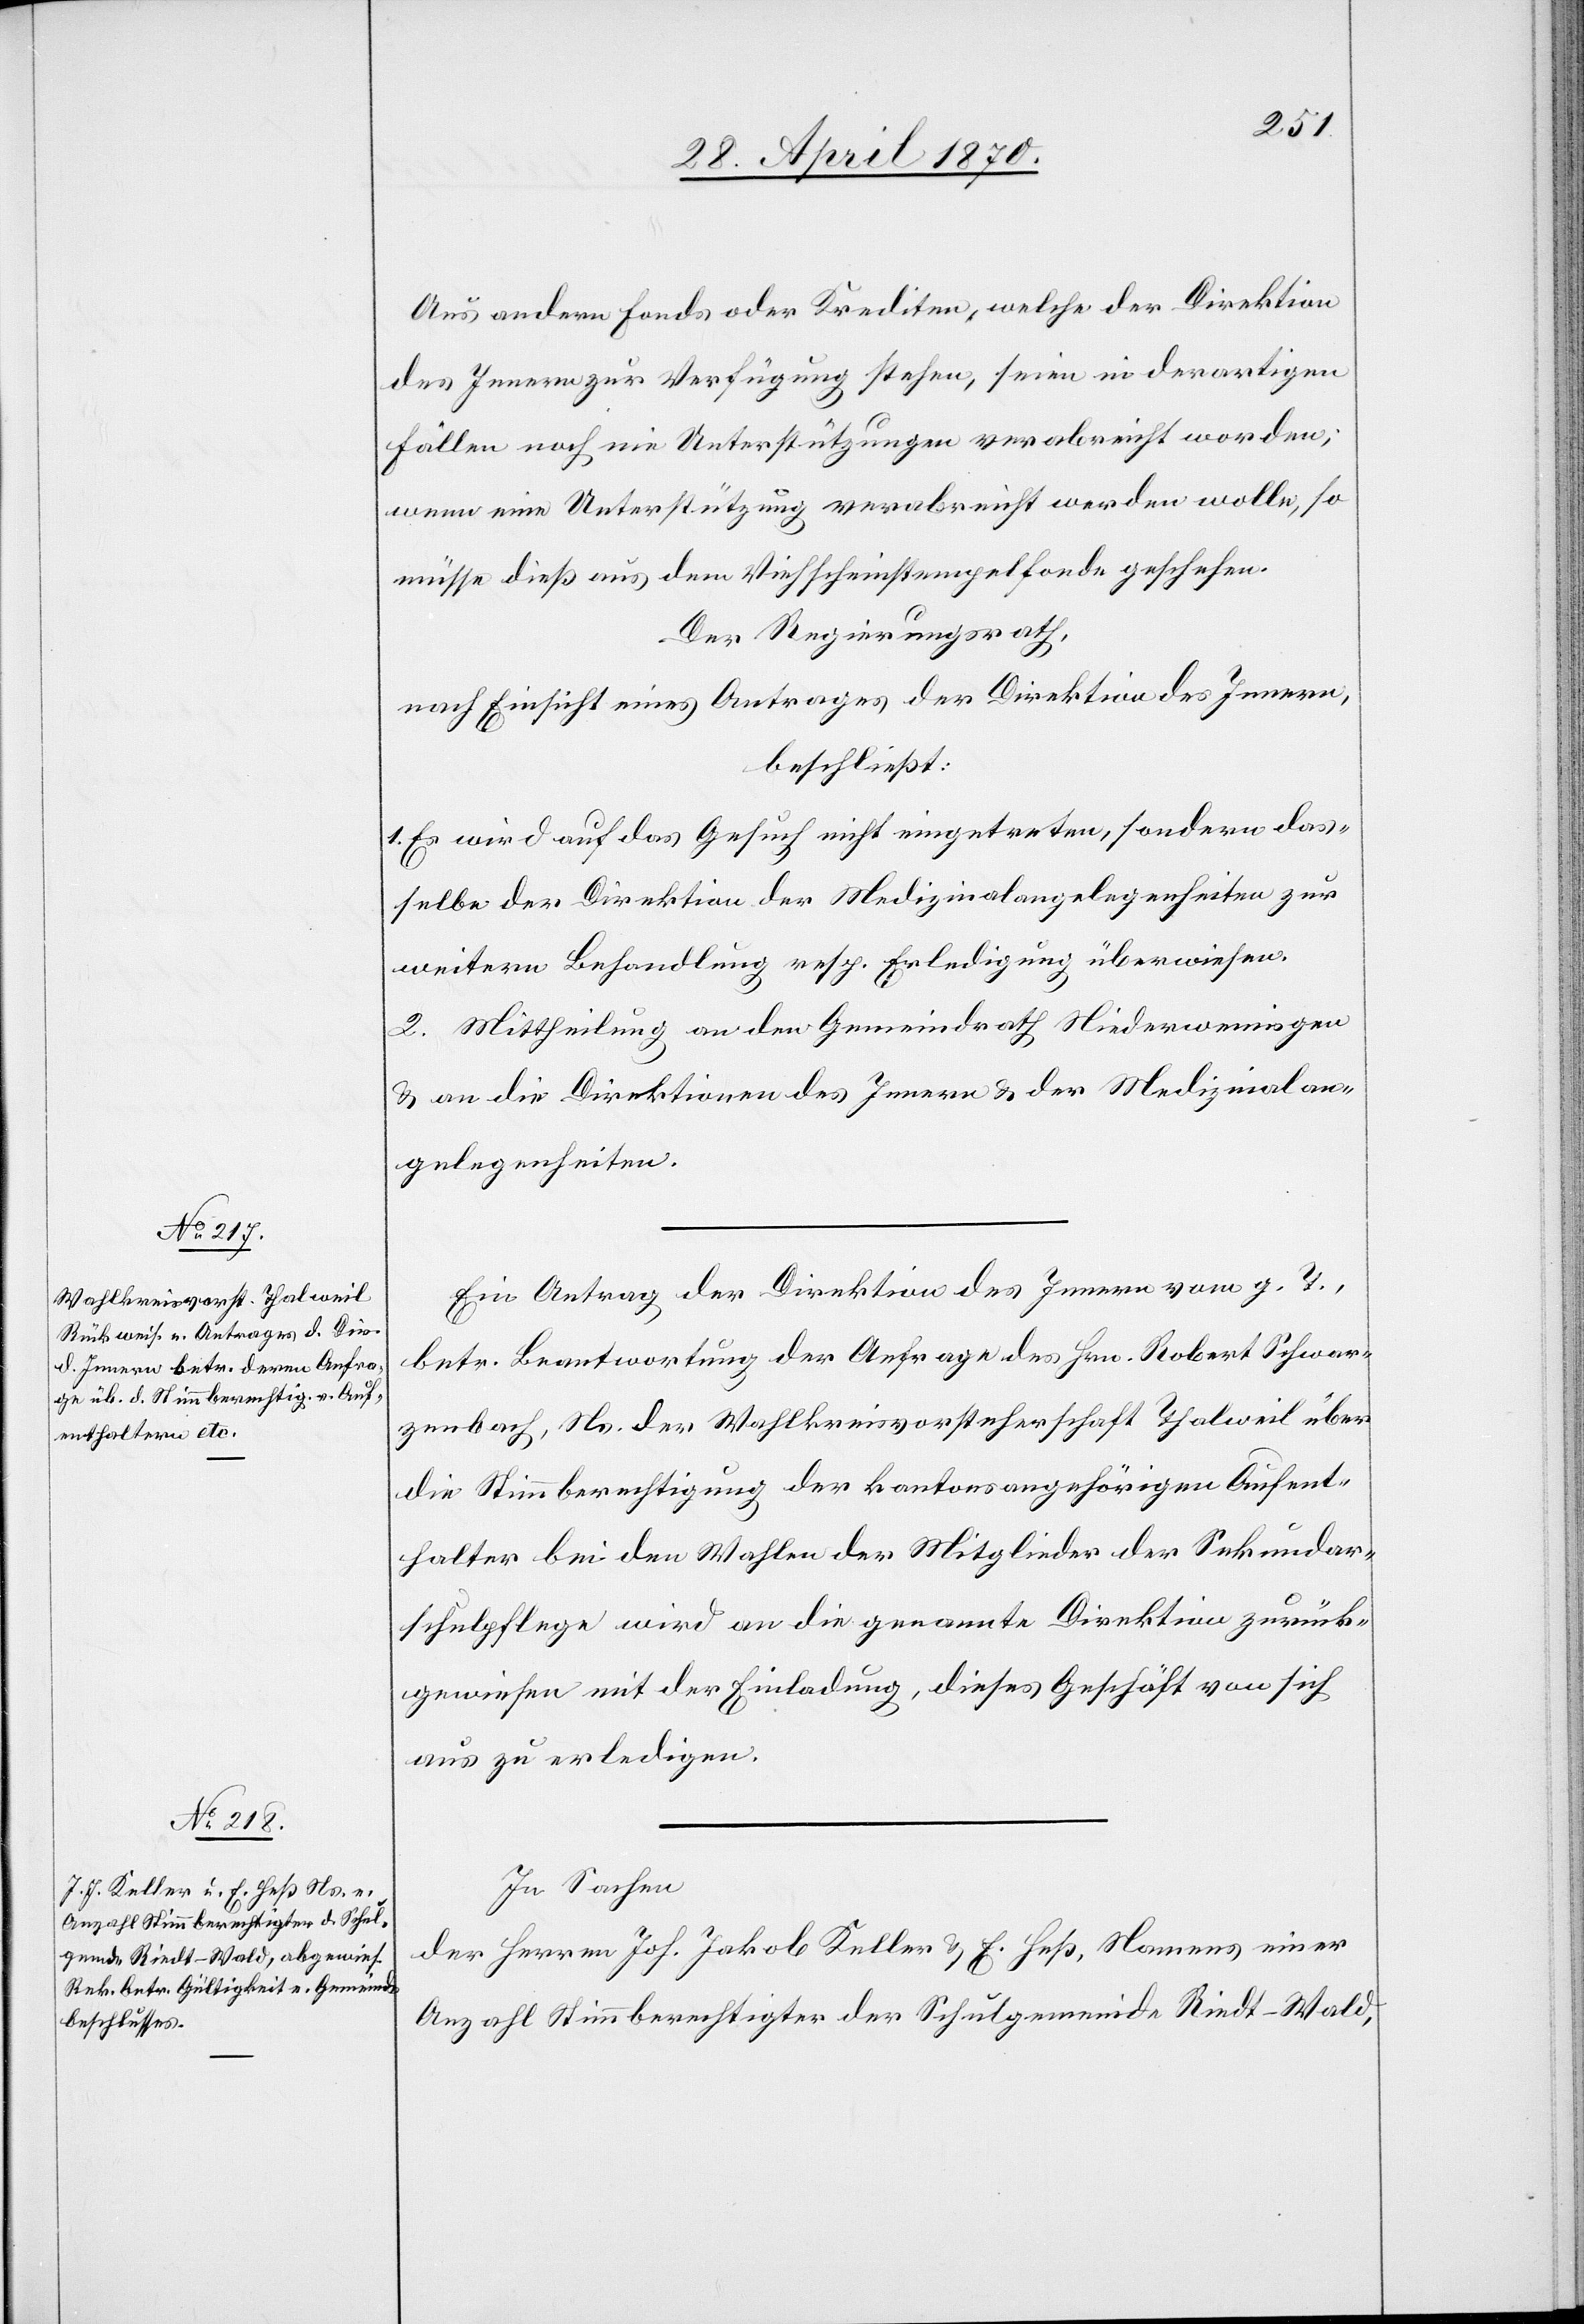
Aus andern Fonds oder Krediten, welche der Direktion
des Innern zur Verfügung stehen, seien in derartigen
Fällen noch nie Unterstützungen verabreicht worden;
wenn eine Unterstützung verabreicht werden wolle, so
müsse dieß aus dem Viehscheinstempelfonde geschehen.
Der Regierungsrath,
nach Einsicht eines Antrages der Direktion des Innern,
beschließt:
1. Es wird auf das Gesuch nicht eingetreten, sondern das¬
selbe der Direktion der Medizinalangelegenheiten zur
weitern Behandlung resp. Erledigung überwiesen.
2. Mittheilung an den Gemeindrath Niederwenigen
& an die Direktionen des Innern & der Medizinalan¬
gelegenheiten.
Ein Antrag der Direktion des Innern vom g. T.,
betr. Beantwortung der Anfrage des Hrn. Robert Schwar¬
zenbach, Ns. der Wahlkreisvorsteherschaft Thalweil über
die Stimmberechtigung der kantonsangehörigen Aufent¬
halter bei den Wahlen der Mitglieder der Sekundar¬
schulpflege wird an die genannte Direktion zurück¬
gewiesen mit der Einladung, dieses Geschäft von sich
aus zu erledigen.
In Sachen
der Herren Joh. Jakob Keller & E. Heß, Namens einer
Anzahl Stimmberechtigter der Schulgemeinde Riedt-Wald,